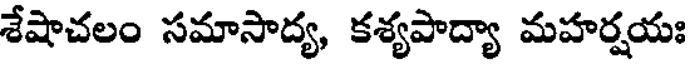
శేషాచలం సమాసాద్య, కశ్యపాద్యా మహర్షయః